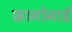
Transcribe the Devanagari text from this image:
फ्रागोनार्ड